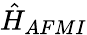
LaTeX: \hat{H}_{AFMI}